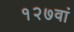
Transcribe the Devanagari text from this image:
१२७वां